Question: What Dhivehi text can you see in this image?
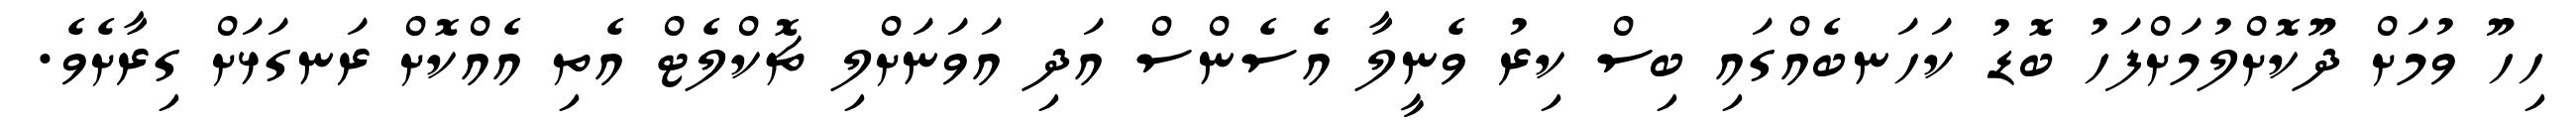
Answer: ހިހޫ ވުމަށް ދޫކޮށްލުމަށްފަހު ބޮޑު ކަހަނބެއްގައި ބިސް ކިރު ވެނީލާ އެސެންސް އަދި އަވަނަށްލި ޗޮކްލެޓް އެތި އެއްކޮށް ރަނގަޅަށް ގިރާށެވެ.